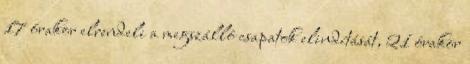
17 órakor elrendeli a megszálló csapatok elindítását, 21 órakor